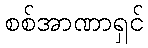
စစ်အာဏာရှင်